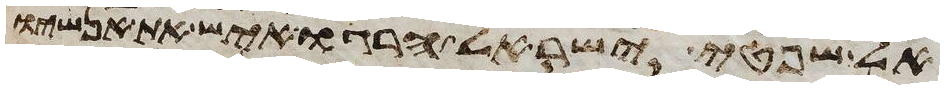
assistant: אל שפטי ישראל הרגו איש את אנשיו